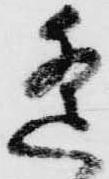
遥